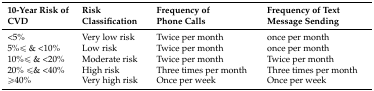
<table><thead><tr><td><b>10-Year Risk of CVD</b></td><td><b>Risk Classification</b></td><td><b>Frequency of Phone Calls</b></td><td><b>Frequency of Text Message Sending</b></td></tr></thead><tbody><tr><td>&lt;5%</td><td>Very low risk</td><td>Twice per month</td><td>once per month</td></tr><tr><td>5%≤ &amp; &lt;10%</td><td>Low risk</td><td>Twice per month</td><td>once per month</td></tr><tr><td>10%≤ &amp; &lt;20%</td><td>Moderate risk</td><td>Twice per month</td><td>Twice per month</td></tr><tr><td>20% ≤&amp; &lt;40%</td><td>High risk</td><td>Three times per month</td><td>Three times per month</td></tr><tr><td>≥40%</td><td>Very high risk</td><td>Once per week</td><td>Once per week</td></tr></tbody></table>